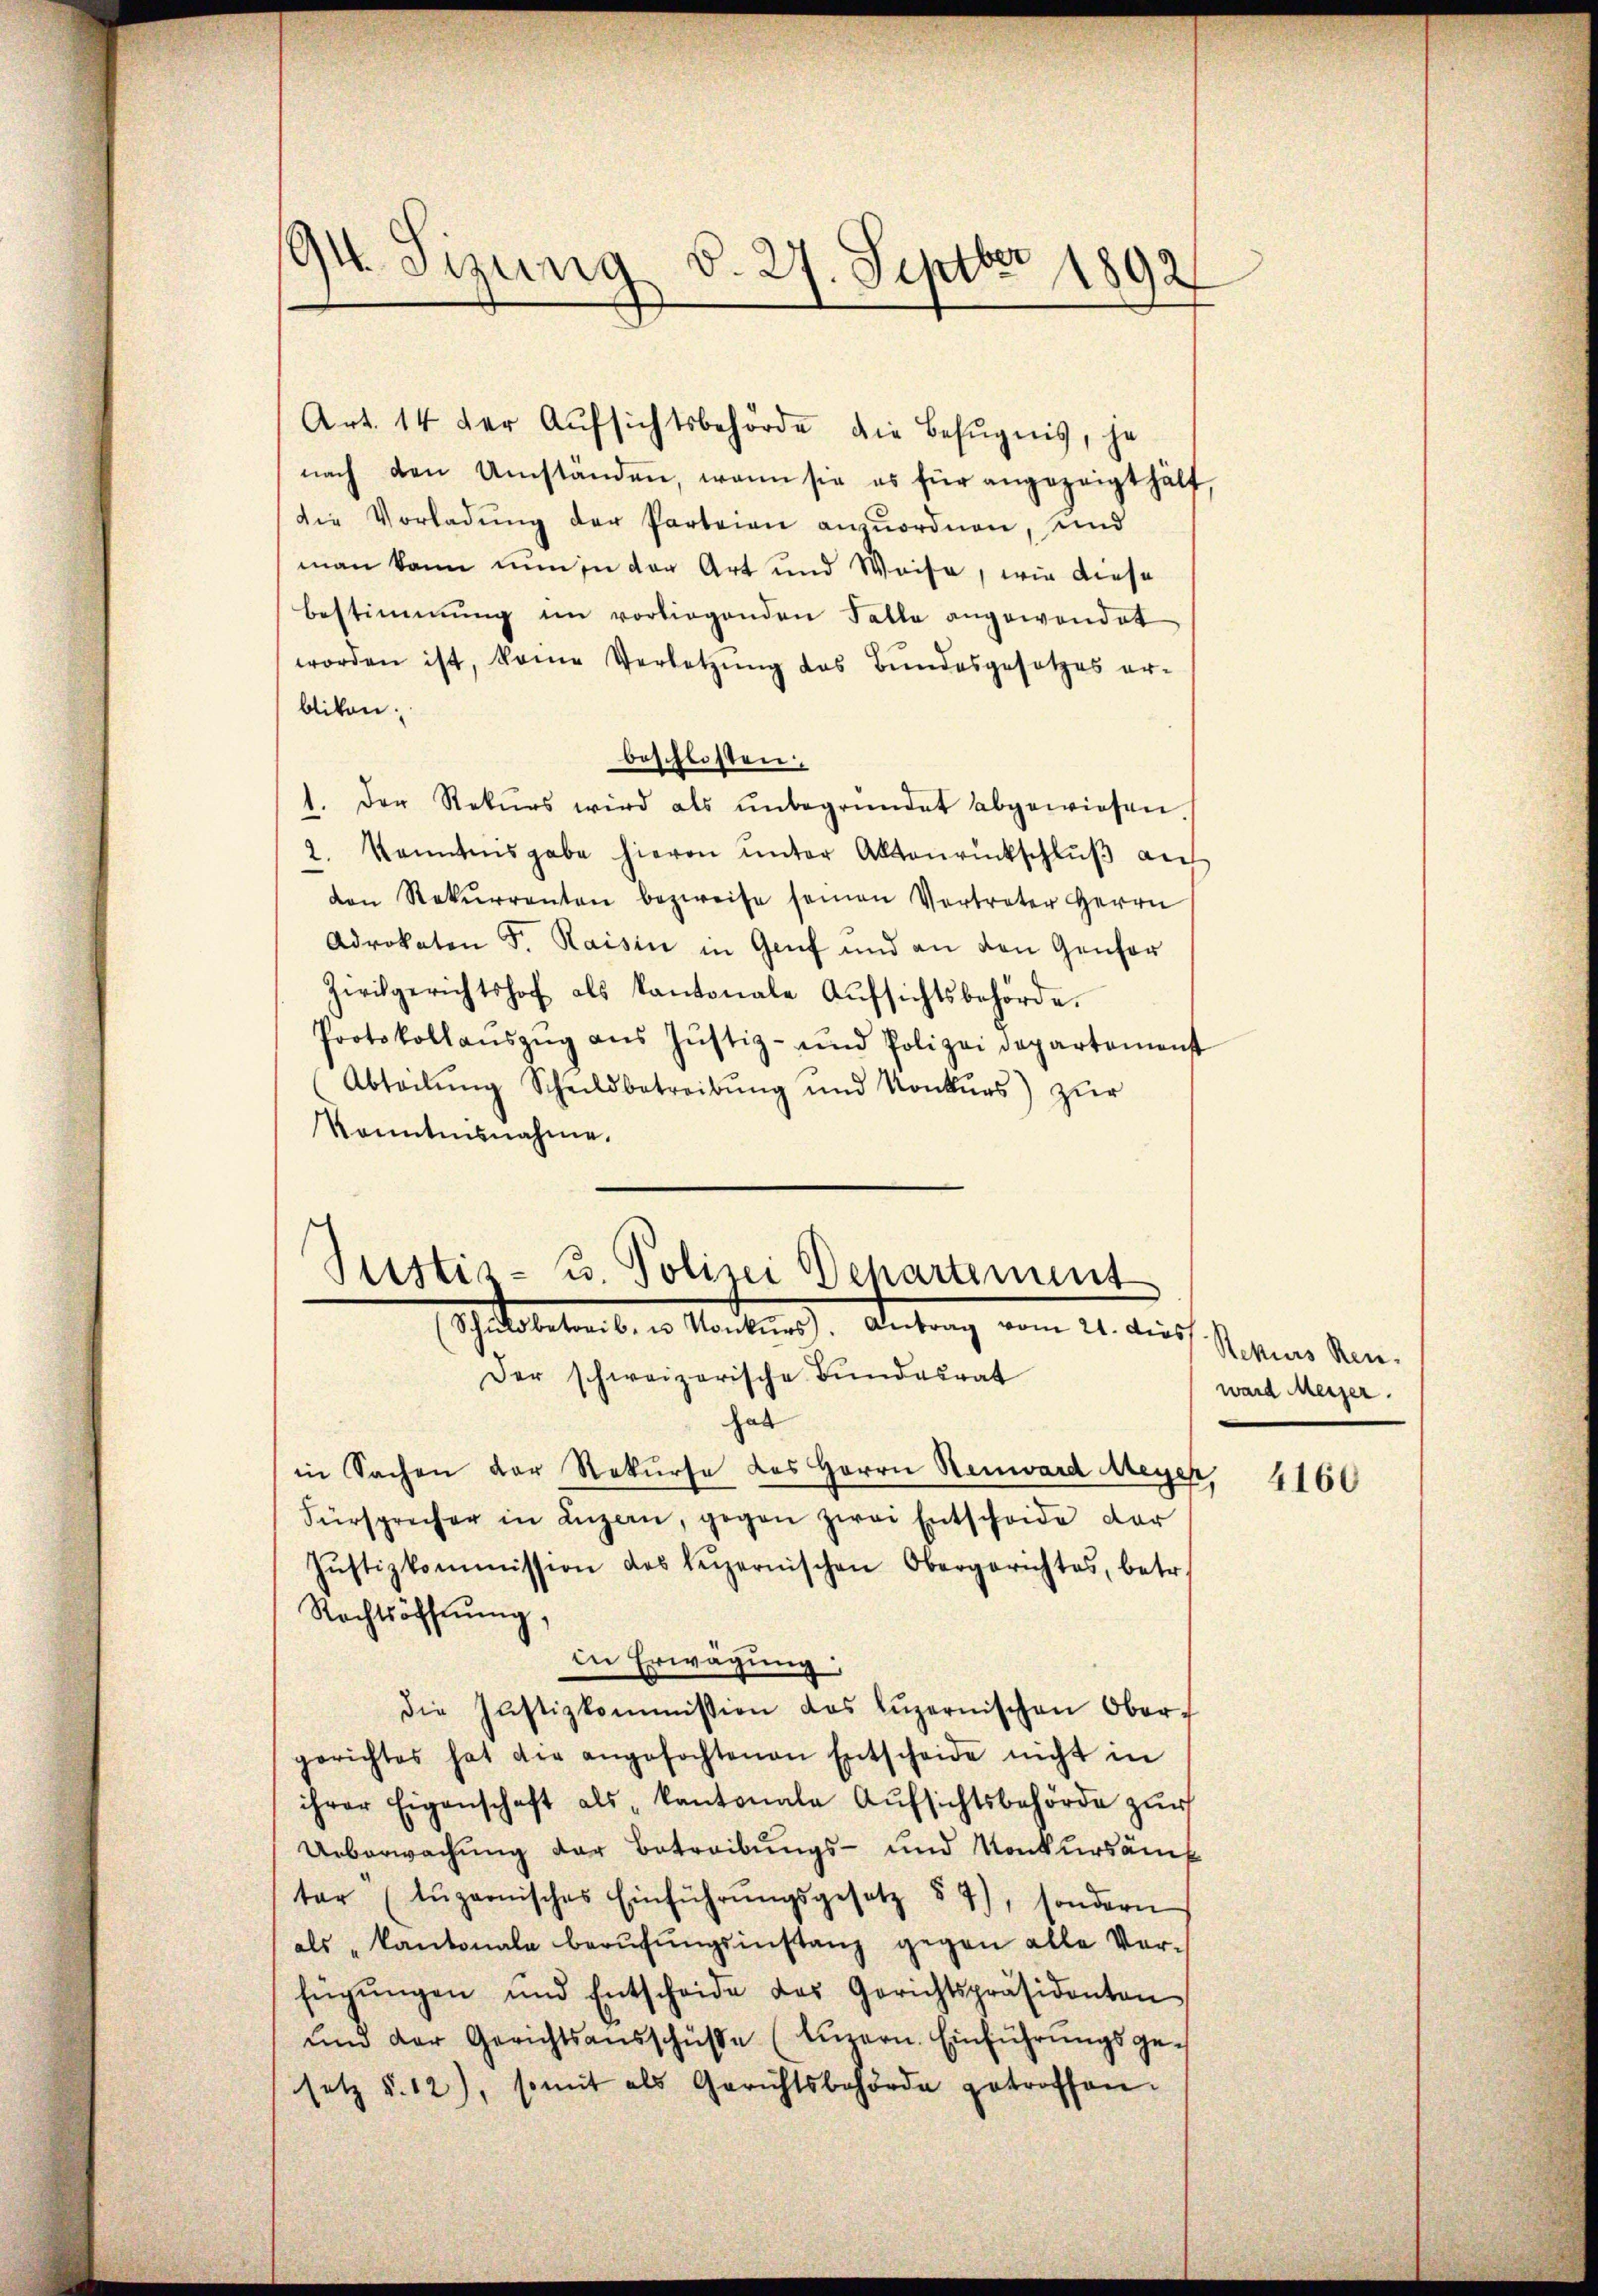
.
94. Sizung d. 27. Septbr 1892

nach den Umständen, wenn sie es für angezeigt hält.
die Vorladung der Parteien anzuordnen, und
man kann nun in der Art und Weise, wie diese
bestimmung im vorliegenden Falle angewendet
worden ist, keine Verletzŭng des Bŭndesgesetzes er-
blikon.
beschlossen:
1. Der Rekurs wird als ŭnbegründet abgewiesen.
Kenntnisgabe hievon ŭnter Aktenrückschlŭβ an
2.
den Rekurrenten bezweife seinen Vertreter Herrn
Advokaten S. Raisin in Genf und an den Genfor
Zivilgerichtshof als Kantonale Aŭfsichtsbehörde.
Protokollanszŭg ans Jŭstiz- und Polizei departement
Abteilŭng Schildbetreibŭng und Konkŭrs) zŭr
konntesnahme.

Art. 14 der Aufsichtsbehörde die Befugnis, je

Justiz- u. Polizei Departement
Schuldbetreib- u. Konkurs. Antrag vom 21. dies

Der schweizerische Bundesrat
hab
in Sachen der Rekurse des Herrn Renward Meyer
Fürsprecher in Luzern, gegen zwei Entscheide der
Jŭstizkommission des heizernischen Obergerichtes, betr.
Rechtsöffnung,
in Erwägung:
die Justizkommission des Lŭzernischen Ober-
gerichtes hat die angefochtenen Entscheide nicht in
ihrer Eigenschaft als „Kantonale Aŭfsichtsbehörde zŭr
Ueberwachung der Betreibungs- und Konkursämt
tar (tŭparnisches Einführŭngsgesetz § 7), sondern
als „Kantonale Berufungsinstanz gegen alle Verfügŭngen und Entscheide des Gerichtspräsidenten
ŭnd der Gerichtsaŭsschüße (Lŭzern. Einführŭngsgesetz §. 12), somit als Gerichtsbehörde getroffen.

Rekurs Ren.
ward Meiser.

4160